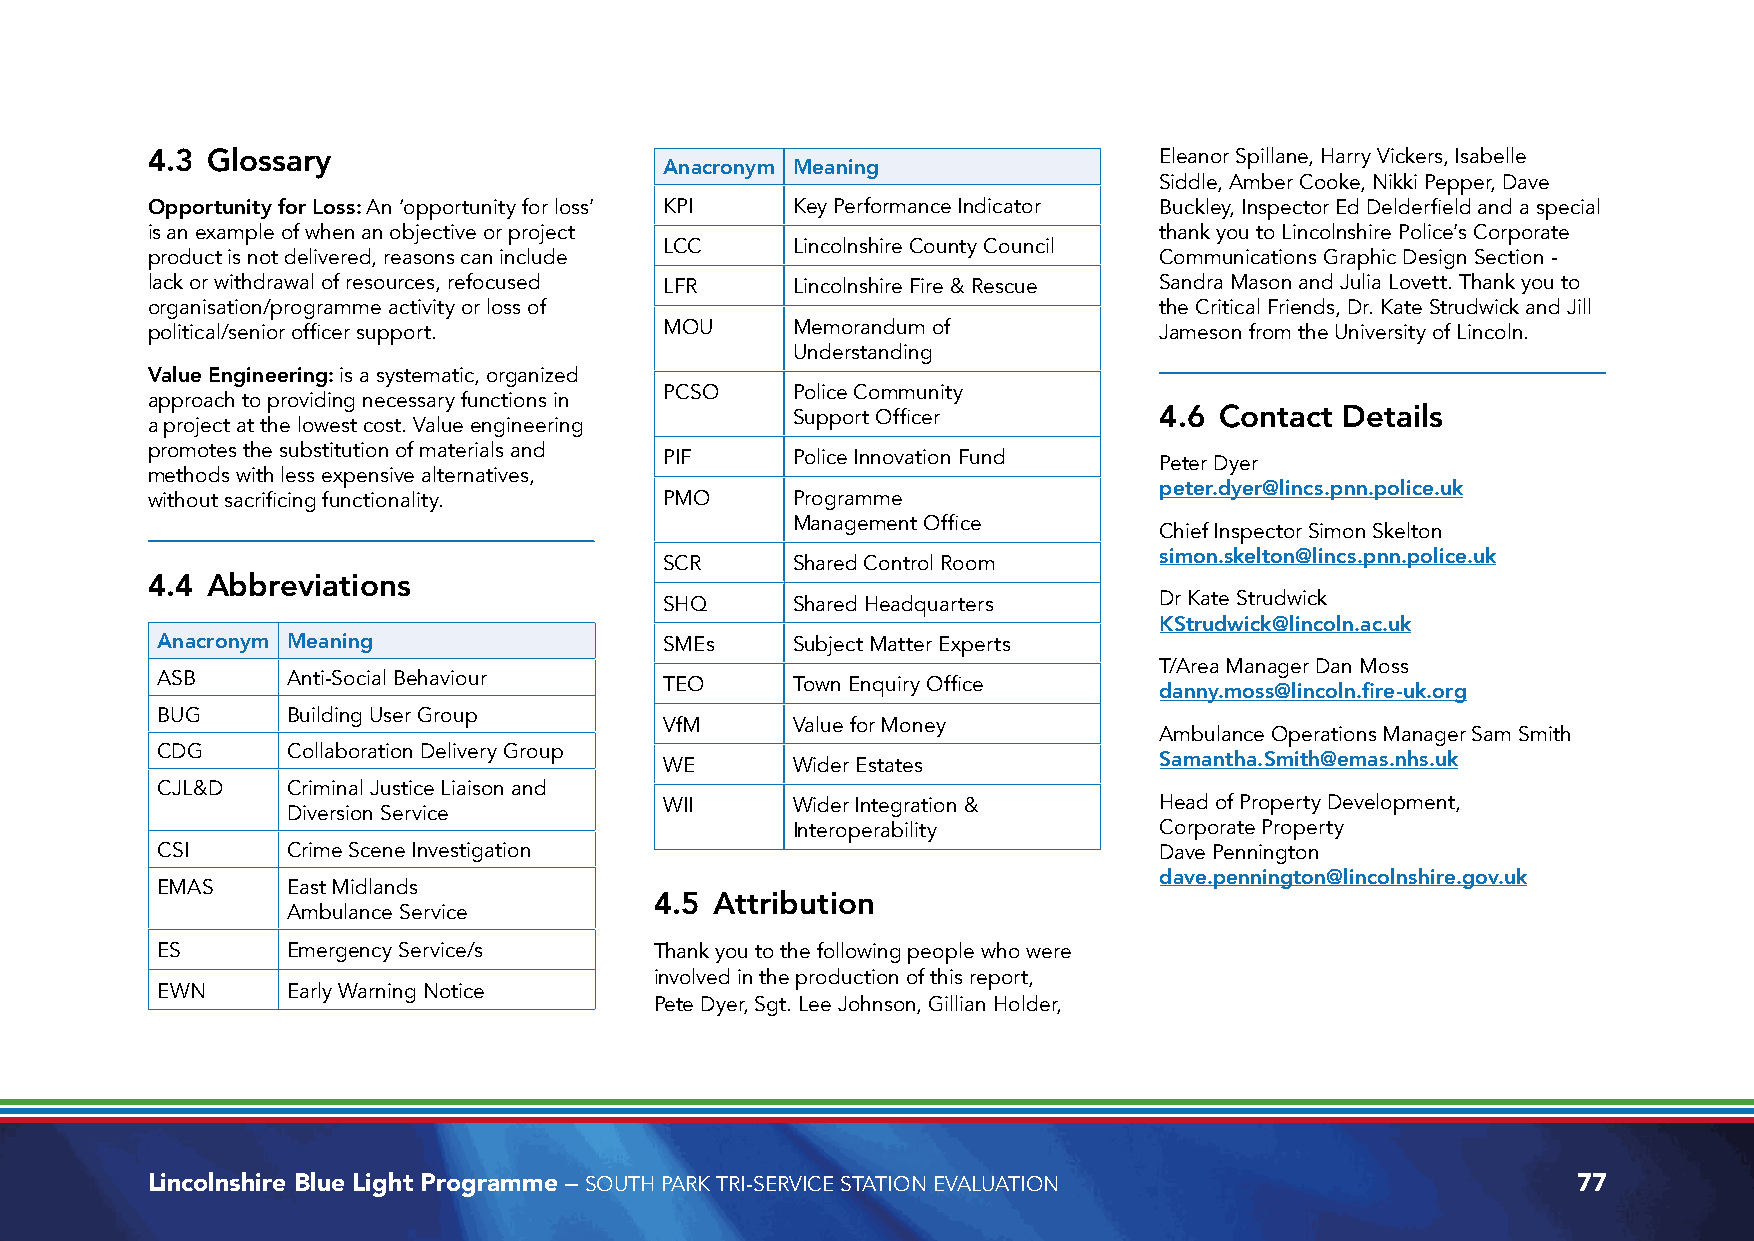
4.3 Glossary                                                       Eleanor Spillane, Harry Vickers, Isabelle
 Anacronym Meaning
 Siddle, Amber Cooke, Nikki Pepper, Dave
 Opportunity for Loss: An ‘opportunity for loss’ KPI Key Performance Indicator Buckley, Inspector Ed Delderfield and a special
 is an example of when an objective or project                      thank you to Lincolnshire Police’s Corporate
 LCC     Lincolnshire County Council
 product is not delivered, reasons can include                      Communications Graphic Design Section -
 lack or withdrawal of resources, refocused LFR Lincolnshire Fire & Rescue Sandra Mason and Julia Lovett. Thank you to
 organisation/programme activity or loss of                         the Critical Friends, Dr. Kate Strudwick and Jill
 political/senior officer support. MOU     Memorandum of            Jameson from the University of Lincoln.
 Understanding
 Value Engineering: is a systematic, organized
 PCSO    Police Community
 approach to providing necessary functions in
 Support Officer          4.6 Contact Details
 a project at the lowest cost. Value engineering
 promotes the substitution of materials and
 PIF     Police Innovation Fund   Peter Dyer
 methods with less expensive alternatives,
 peter.dyer@lincs.pnn.police.uk
 without sacrificing functionality. PMO    Programme
 Management Office
 Chief Inspector Simon Skelton
 simon.skelton@lincs.pnn.police.uk
 SCR     Shared Control Room
 4.4 Abbreviations
 SHQ     Shared Headquarters      Dr Kate Strudwick
 KStrudwick@lincoln.ac.uk
 Anacronym Meaning                 SMEs    Subject Matter Experts
 T/Area Manager Dan Moss
 ASB      Anti-Social Behaviour
 TEO     Town Enquiry Office
 danny.moss@lincoln.fire-uk.org
 BUG      Building User Group
 VfM     Value for Money
 Ambulance Operations Manager Sam Smith
 CDG      Collaboration Delivery Group
 Samantha.Smith@emas.nhs.uk
 WE      Wider Estates
 CJL&D    Criminal Justice Liaison and
 WII     Wider Integration &      Head of Property Development,
 Diversion Service
 Interoperability         Corporate Property
 CSI      Crime Scene Investigation                                 Dave Pennington
 dave.pennington@lincolnshire.gov.uk
 EMAS     East Midlands
 4.5 Attribution
 Ambulance Service
 ES       Emergency Service/s     Thank you to the following people who were
 involved in the production of this report,
 EWN      Early Warning Notice
 Pete Dyer, Sgt. Lee Johnson, Gillian Holder,
 Lincolnshire Blue Light Programme – SOUTH PARK TRI-SERVICE STATION EVALUATION                 77